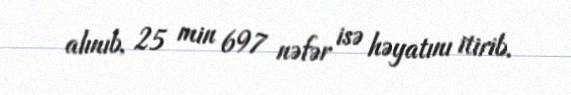
alınıb, 25 min 697 nəfər isə həyatını itirib.